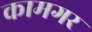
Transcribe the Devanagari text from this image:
कामगर